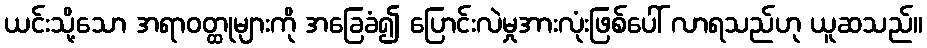
ယင်းသို့သော အရာဝတ္ထုများကို အခြေခံ၍ ပြောင်းလဲမှုအားလုံးဖြစ်ပေါ် လာရသည်ဟု ယူဆသည်။